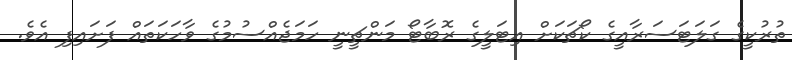
ތުރުކީގެ ގަލަޓަސަރާއީގެ ކޯޗަކަށް އިޓަލީގެ ރޮބާޓޯ މަންޗީނީ ހަމަޖެއްސުމުގެ ވާހަކަތައް ފަށައިފި އެވެ.